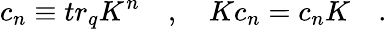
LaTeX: c_{n}\equiv tr_{q}K^{n}\quad,\quad Kc_{n}=c_{n}K\quad.